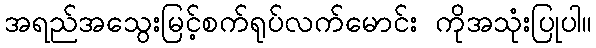
အရည်အသွေးမြင့်စက်ရုပ်လက်မောင်း ကိုအသုံးပြုပါ။